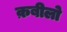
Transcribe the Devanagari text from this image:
क़बीलो